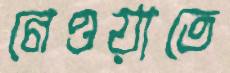
নেওয়াতে